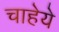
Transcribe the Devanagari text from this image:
चाहेये